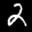
Label: 2